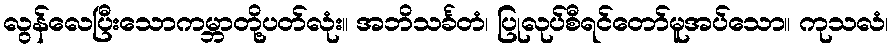
လွန်လေပြီးသောကမ္ဘာတို့ပတ်လုံး။ အဘိသင်္ခတံ၊ ပြုလုပ်စီရင်တော်မူအပ်သော။ ကုသလံ၊